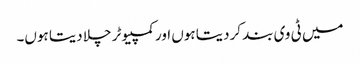
میں ٹی وی بند کردیتا ہوں اور کمپیوٹر چلا دیتا ہوں۔